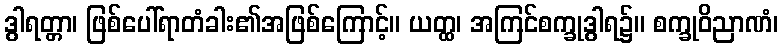
ဒွါရတ္တာ၊ ဖြစ်ပေါ်ရာတံခါး၏အဖြစ်ကြောင့်။ ယတ္ထ၊ အကြင်စက္ခုဒွါရ၌။ စက္ခုဝိညာဏံ၊